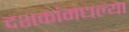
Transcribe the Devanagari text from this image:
दशकांमधल्या